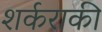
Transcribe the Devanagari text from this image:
शर्कराकी